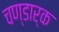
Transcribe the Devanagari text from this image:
चण्डार्क